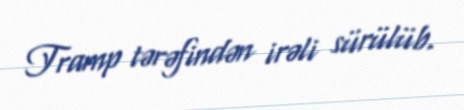
Tramp tərəfindən irəli sürülüb.